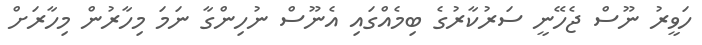
ހަވީރު ނޫސް ޖެހޭނީ ސަރުކާރުގެ ބިމެއްގައި އެނޫސް ނުހިންގާ ނަމަ މިހާރުން މިހާރަށް